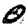
Digit: 0